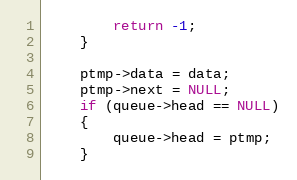
Language: C
		return -1;
	}

	ptmp->data = data;
	ptmp->next = NULL;
	if (queue->head == NULL)
	{
		queue->head = ptmp;
	}